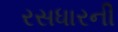
રસધારની